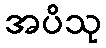
အပိသု